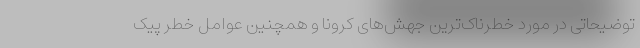
توضیحاتی در مورد خطرناک‌ترین جهش‌های کرونا و همچنین عوامل خطر پیک